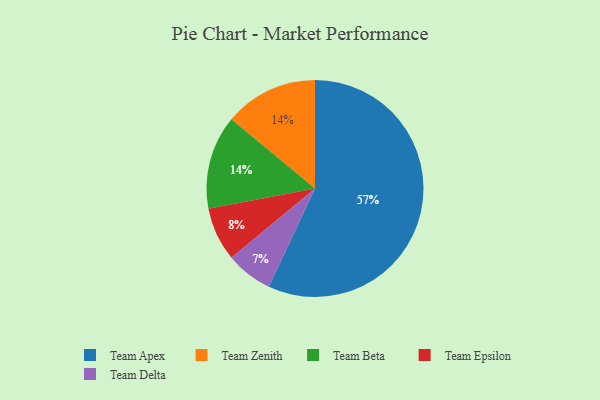
{"axis": {"x": "Category", "y": "Percentage"}, "legend": ["Team Apex", "Team Beta", "Team Delta", "Team Epsilon", "Team Zenith"], "data": [{"x": "Team Zenith", "y": 14, "type": "Team Zenith"}, {"x": "Team Beta", "y": 14, "type": "Team Beta"}, {"x": "Team Apex", "y": 57, "type": "Team Apex"}, {"x": "Team Epsilon", "y": 8, "type": "Team Epsilon"}, {"x": "Team Delta", "y": 7, "type": "Team Delta"}]}